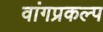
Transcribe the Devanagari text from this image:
वांगप्रकल्प